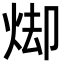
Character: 𭴦